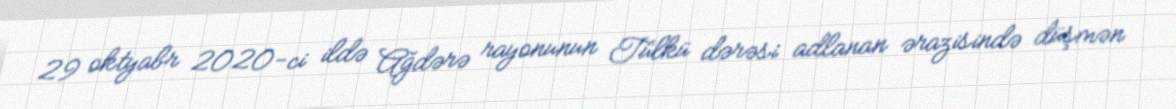
29 oktyabr 2020-ci ildə Ağdərə rayonunun Tülkü dərəsi adlanan ərazisində düşmən